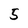
Character: 5